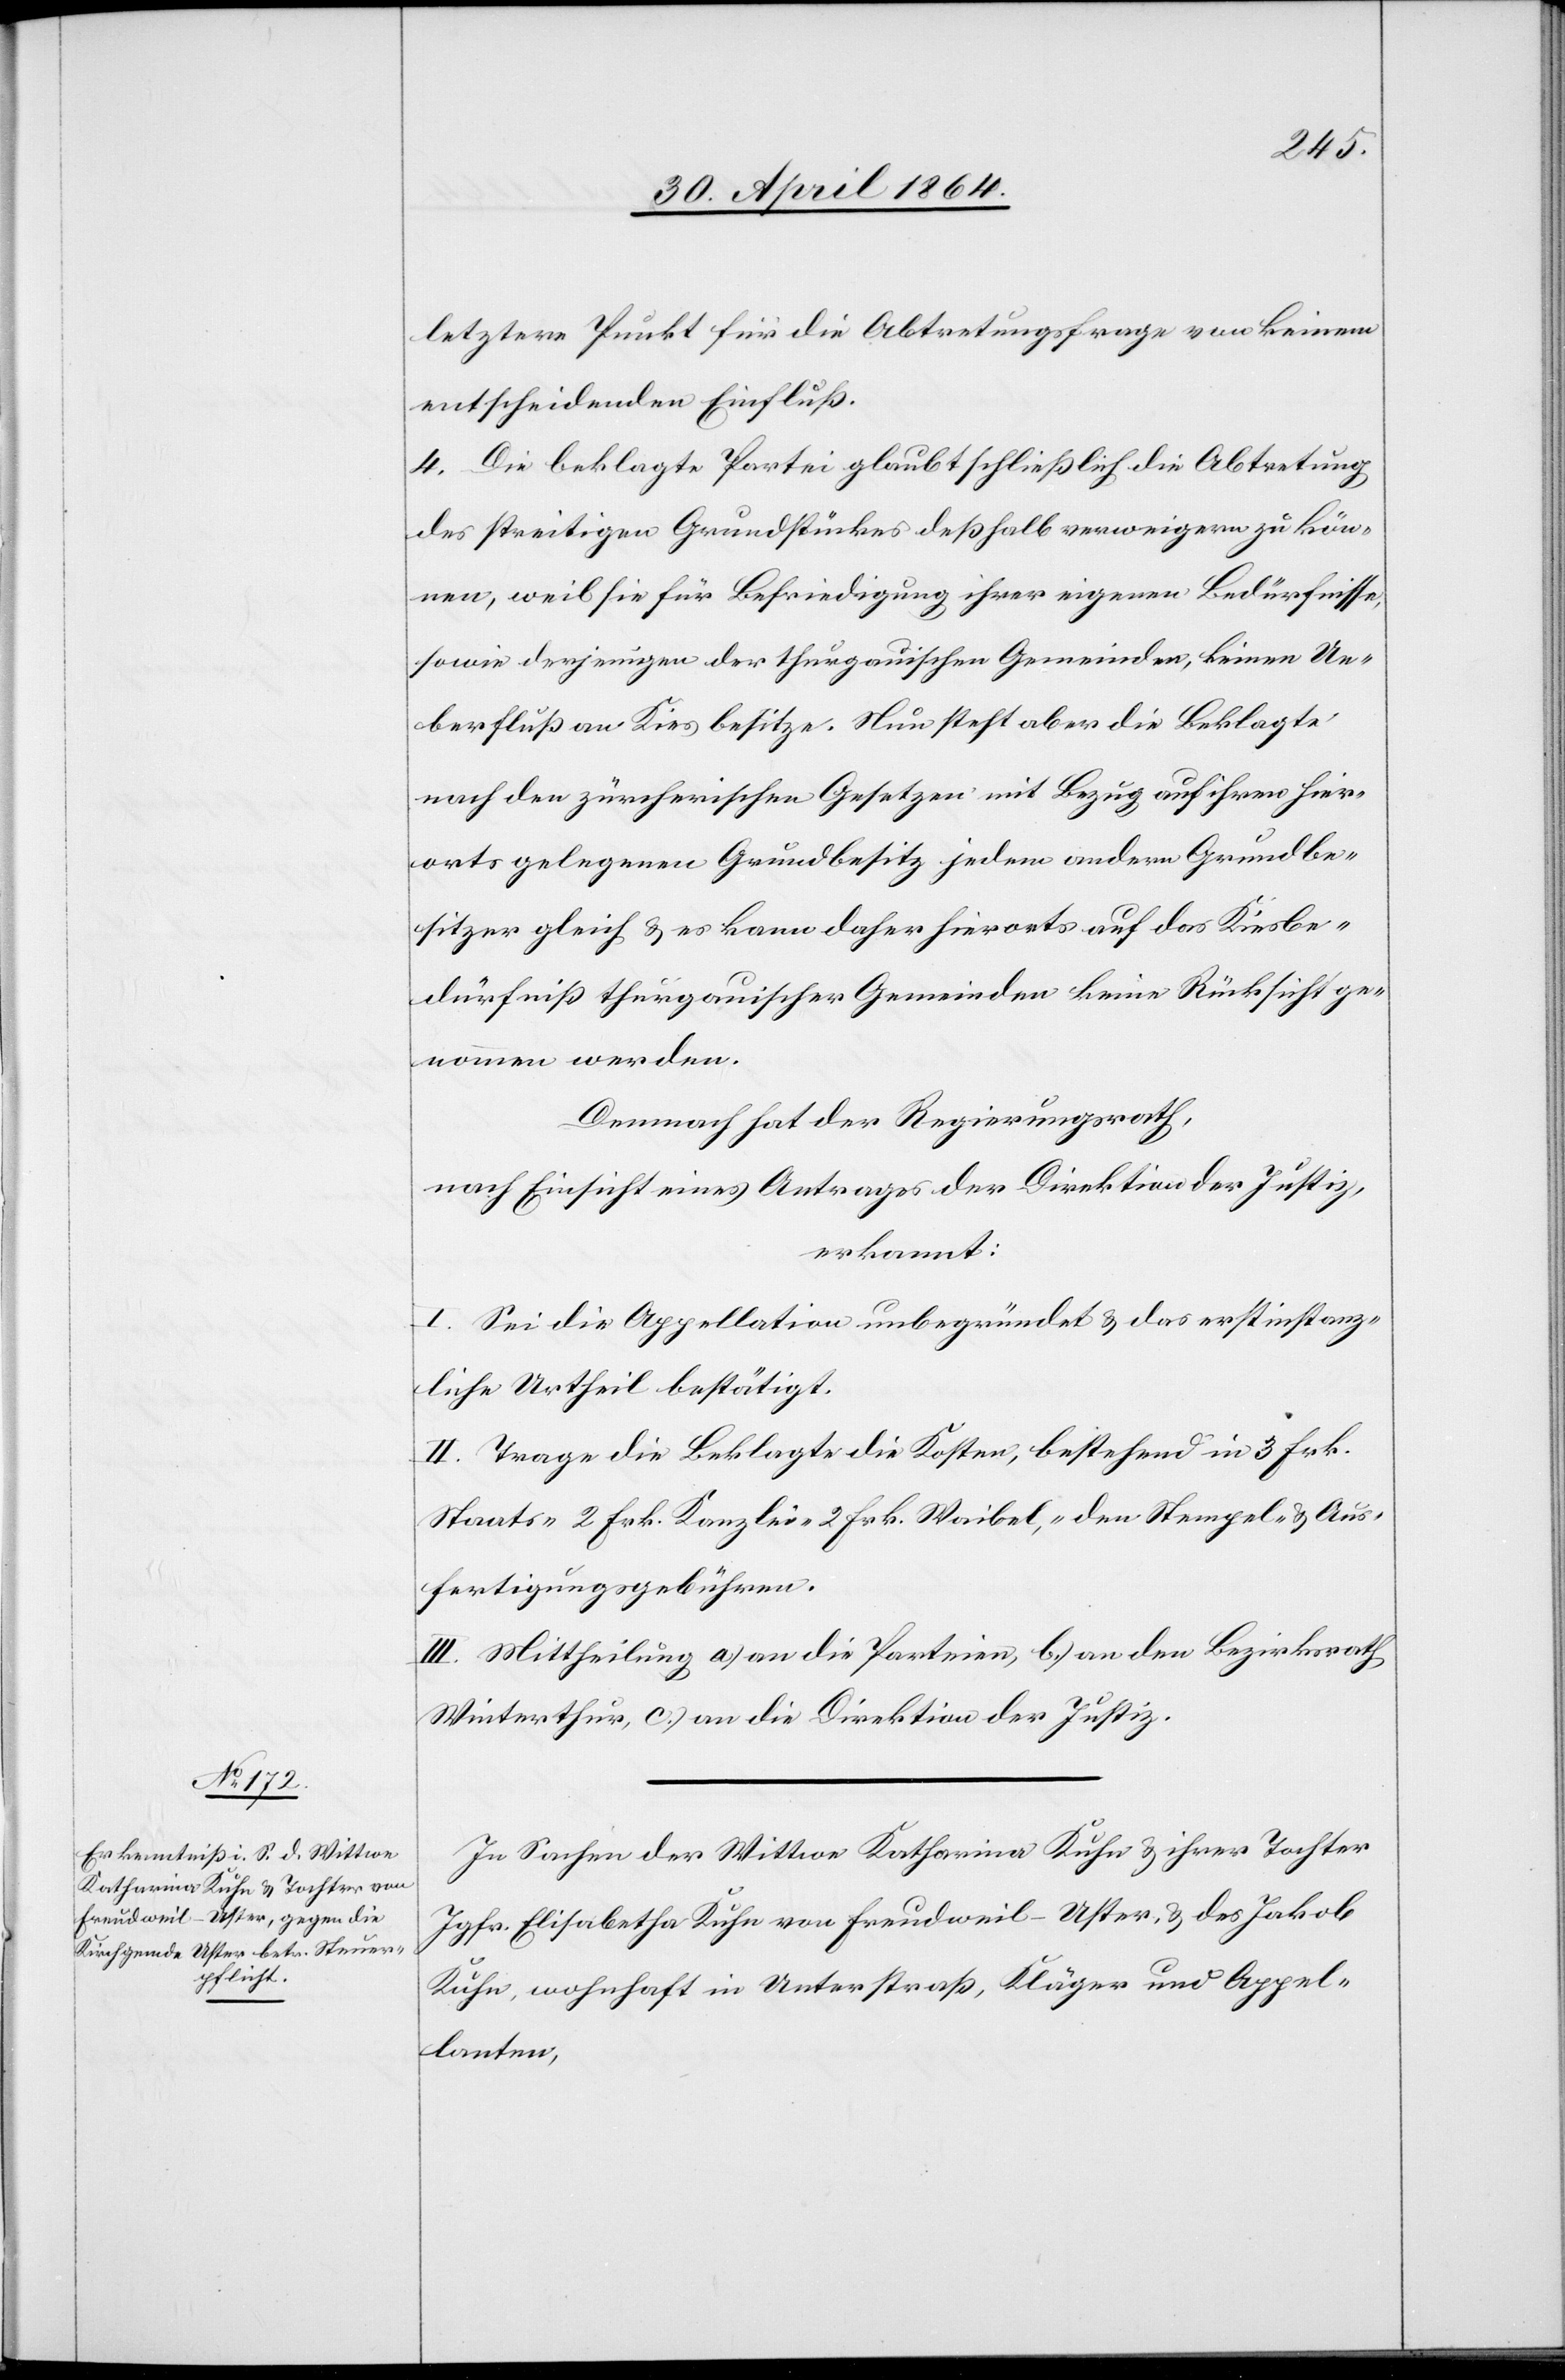
letztere Punkt für die Abtretungsfrage von keinem
entscheidenden Einfluß.
4. Die beklagte Partei glaubt schließlich die Abtretung
des streitigen Grundstückes deßhalb verweigern zu kön¬
nen, weil sie für Befriedigung ihrer eigenen Bedürfnisse,
sowie derjenigen der thurgauischen Gemeinden, keinen Ue¬
berfluß an Kies besitze. Nun steht aber die Beklagte
nach den zürcherischen Gesetzen mit Bezug auf ihren hier¬
orts gelegenen Grundbesitz jedem andern Grundbe¬
sitzer gleich u. es kann daher hierorts auf das Kiesbe¬
dürfniß thurgauischer Gemeinden keine Rücksicht ge¬
nommen werden.
Demnach hat der Regierungsrath,
nach Einsicht eines Antrages der Direktion der Justiz,
erkannt:
I. Sei die Appellation unbegründet u. das erstinstanz¬
liche Urtheil bestätigt.
II. Trage die Beklagte die Kosten bestehend in 3 Frk.
Staats-[,] 2 Frk. Kanzlei-[,], 2 Frk. Weibel-, den Stempel- u. Aus¬
fertigungsgebühren.
III. Mittheilung a) an die Parteien, b) an den Bezirksrath
Winterthur, c) an die Direktion der Justiz.
In Sachen der Wittwe Katharina Kuhn u. ihrer Tochter
Jgfr. Elisabetha Kuhn von Freudweil-Uster, u. des Jakob
Kuhn, wohnhaft in Unterstraß, Kläger und Appel¬
lanten